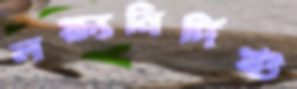
লক্ষ্যনির্দিষ্ট